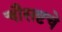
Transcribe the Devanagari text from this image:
चौसष्टचे